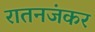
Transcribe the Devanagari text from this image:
रातनजंकर